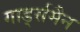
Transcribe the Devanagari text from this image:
गार्ड्समैन